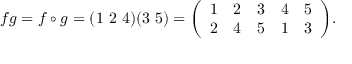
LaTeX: f g = f \circ g = ( 1 \ 2 \ 4 ) ( 3 \ 5 ) = { \left( \begin{array} { l l l l l } { 1 } & { 2 } & { 3 } & { 4 } & { 5 } \\ { 2 } & { 4 } & { 5 } & { 1 } & { 3 } \end{array} \right) } .